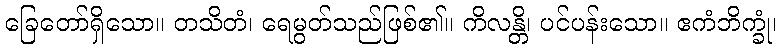
ခြေတော်ရှိသော။ တသိတံ၊ ရေမွတ်သည်ဖြစ်၏။ ကိလန္တိ၊ ပင်ပန်းသော။ ဧကံဘိက္ခုံ၊